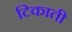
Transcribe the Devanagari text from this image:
टिकाती